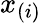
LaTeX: x_{(i)}